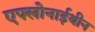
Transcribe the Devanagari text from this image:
एफ्लोनाईथीन